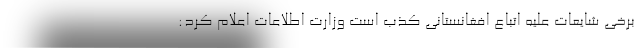
برخی شایعات علیه اتباع افغانستانی کذب است وزارت اطلاعات اعلام کرد: